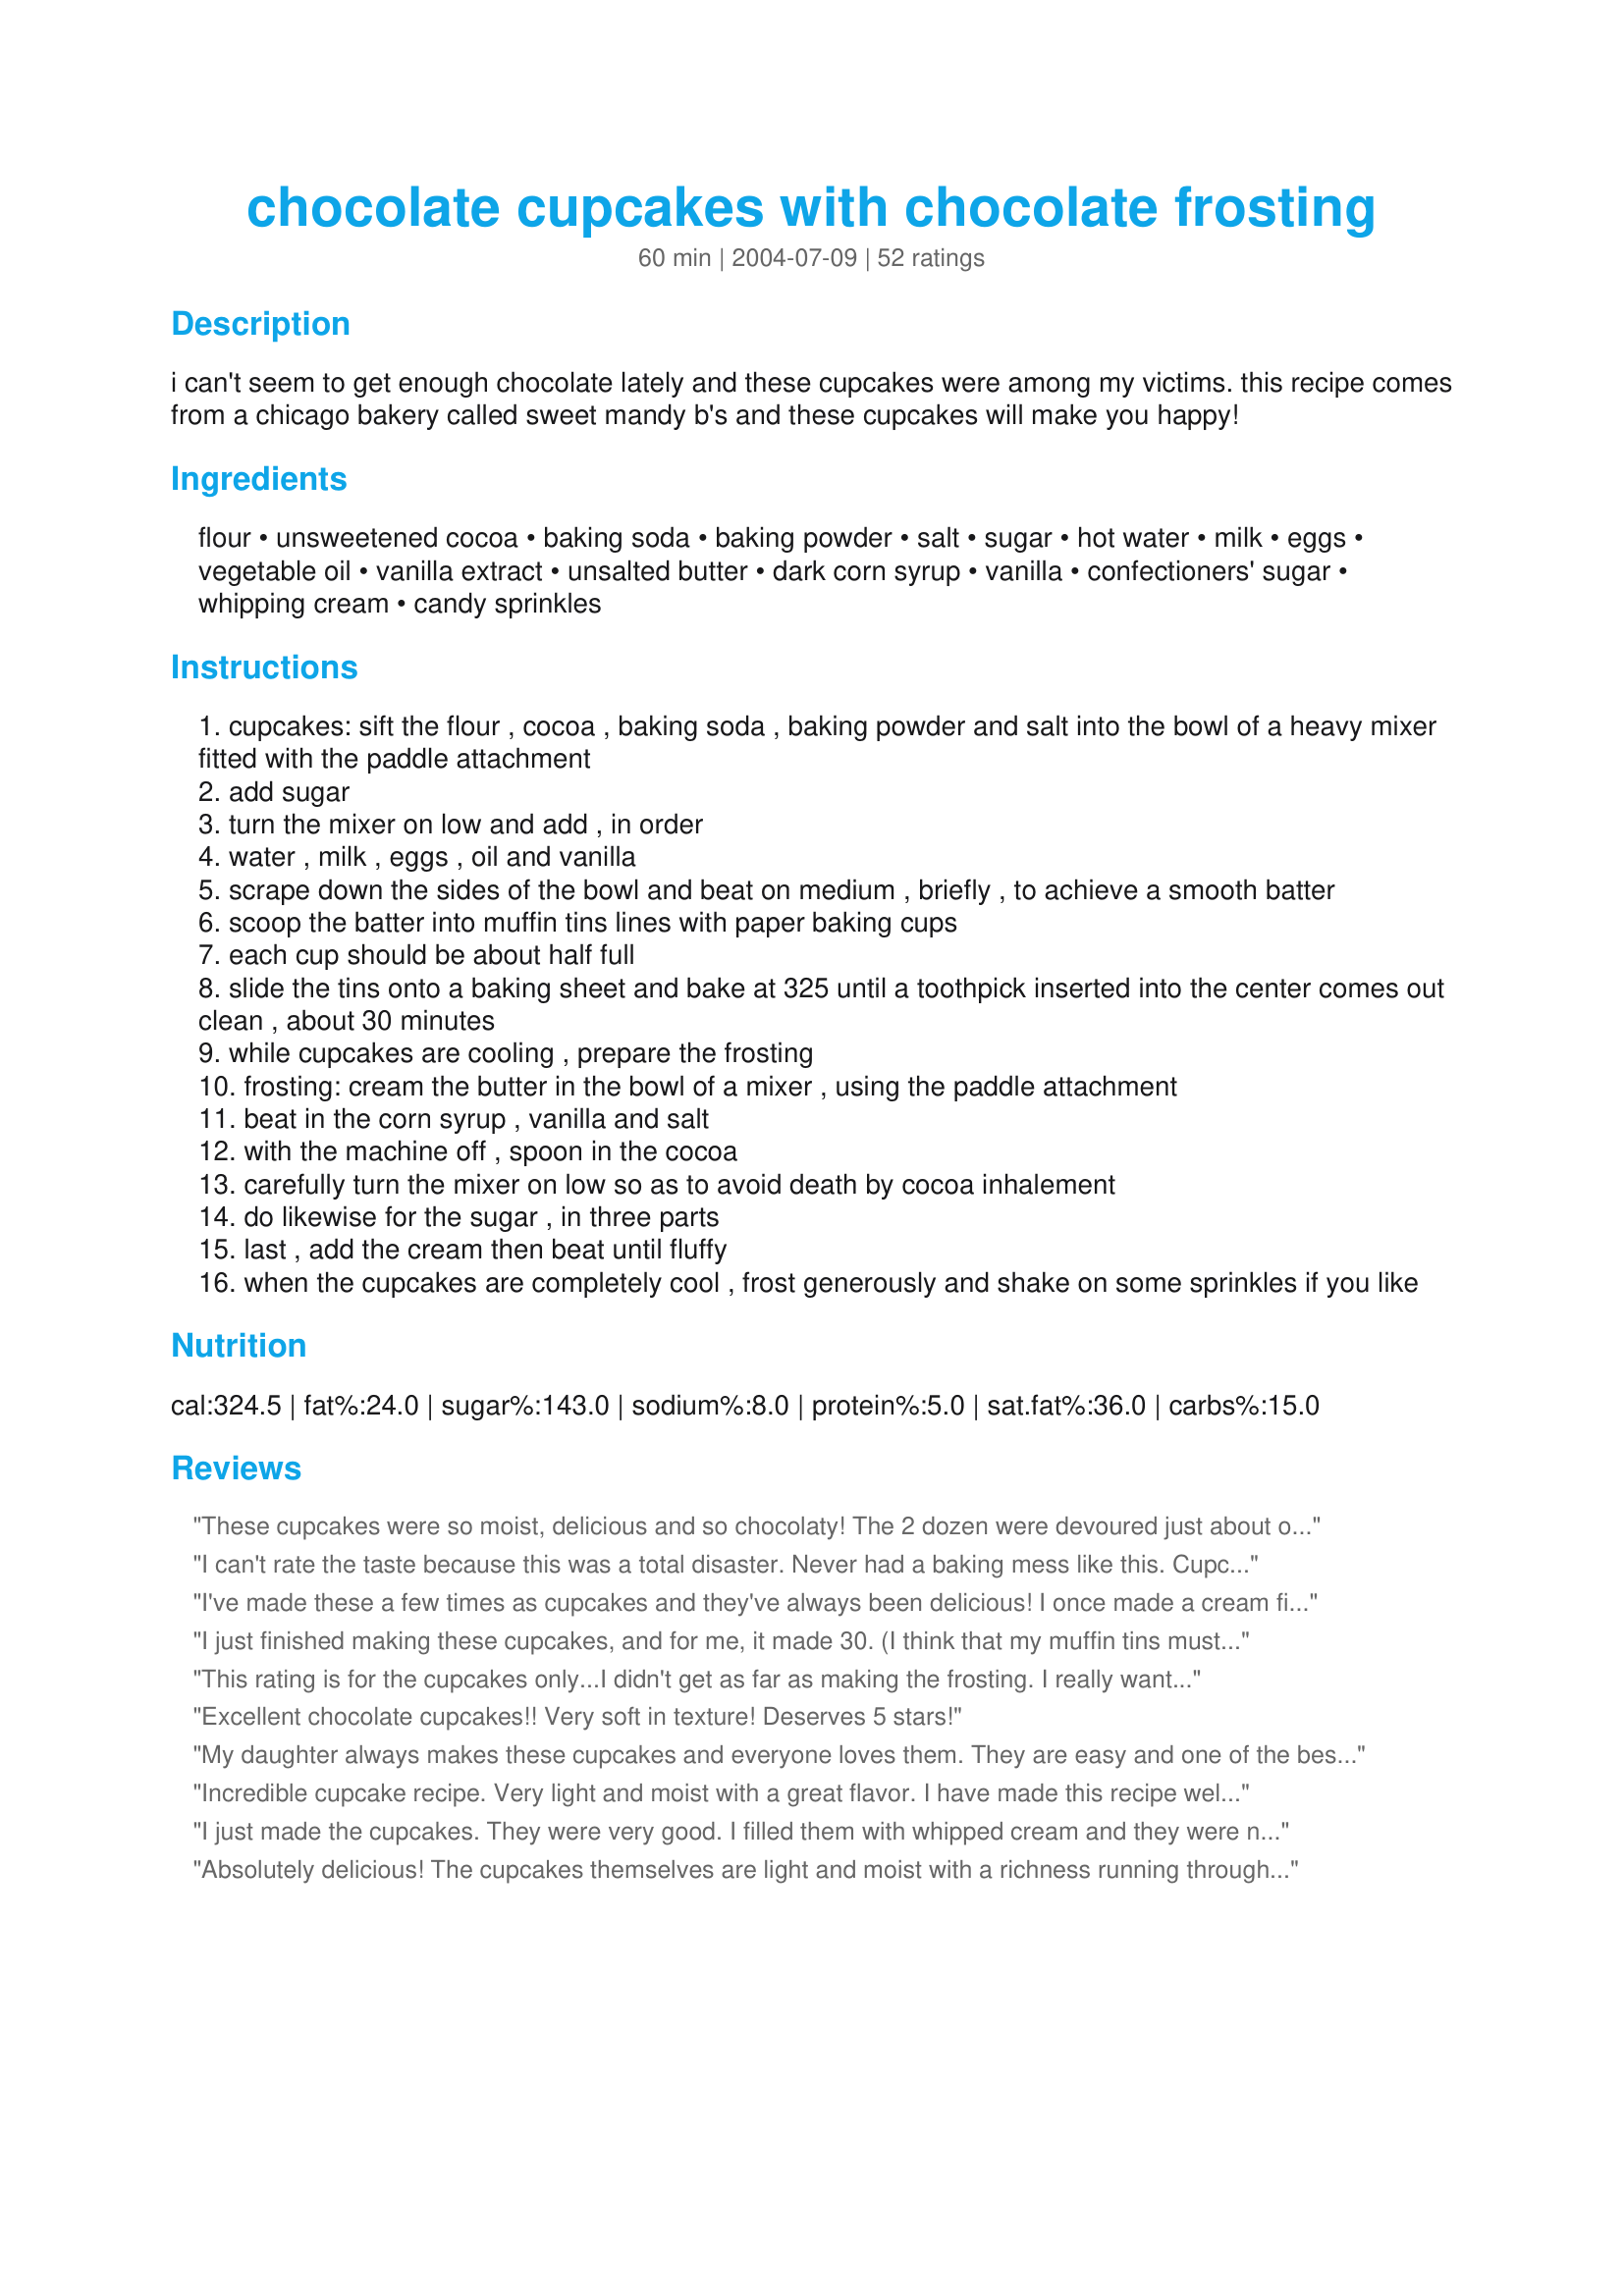
chocolate cupcakes with chocolate frosting
Preparation time: 60 minutes

i can't seem to get enough chocolate lately and these cupcakes were among my victims. this recipe comes from a chicago bakery called sweet mandy b's and these cupcakes will make you happy!

Ingredients:
flour, unsweetened cocoa, baking soda, baking powder, salt, sugar, hot water, milk, eggs, vegetable oil, vanilla extract, unsalted butter, dark corn syrup, vanilla, confectioners' sugar, whipping cream, candy sprinkles

Steps:
cupcakes: sift the flour , cocoa , baking soda , baking powder and salt into the bowl of a heavy mixer fitted with the paddle attachment
add sugar
turn the mixer on low and add , in order
water , milk , eggs , oil and vanilla
scrape down the sides of the bowl and beat on medium , briefly , to achieve a smooth batter
scoop the batter into muffin tins lines with paper baking cups
each cup should be about half full
slide the tins onto a baking sheet and bake at 325 until a toothpick inserted into the center comes out clean , about 30 minutes
while cupcakes are cooling , prepare the frosting
frosting: cream the butter in the bowl of a mixer , using the paddle attachment
beat in the corn syrup , vanilla and salt
with the machine off , spoon in the cocoa
carefully turn the mixer on low so as to avoid death by cocoa inhalement
do likewise for the sugar , in three parts
last , add the cream then beat until fluffy
when the cupcakes are completely cool , frost generously and shake on some sprinkles if you like

Reviews:
These cupcakes were so moist, delicious and so chocolaty! The 2 dozen were devoured just about overnight between my DD's and DH. I will be making them again definite keeper here
I can't rate the taste because this was a total disaster. Never had a baking mess like this. Cupcakes all "caved" in with undone center. Had to toss them all. Followed the recipe, so not sure what happened. Checked dates on leavening, too, and all were good.
I've made these a few times as cupcakes and they've always been delicious! I once made a cream filling for them and everyone said they tasted just like Hostess cupcakes! Haven't tried the frosting yet though.
I've since used this as my go-to cake recipe for a 13x9 but it always sinks in the middle ?? I can't seem to figure out how to fix that. No matter, it is so good I just keep using it anyway!

Also, I have veganized the cupcake recipe the last couple of times and it still comes out great using an egg replacer and soy milk.
I just finished making these cupcakes, and for me, it made 30. (I think that my muffin tins must be a bit smaller.) Anyway, I am a novice baker with a new convection oven and this recipe was just terrific. The cake is moist and light and the frosting is so smooth. I usually find that most "uncooked" frostings have a sort of raw taste. This was not the case at all with this frosting; this was so creamy and light. Beware, this recipe does make LOTS of frosting. I will use the remainder in another baking project this weekend. I am taking the cupcakes to work tomorrow to celebrate a co-worker's birthday. I think she will be delighted. Thanks Hey Jude for a real winner.
This rating is for the cupcakes only...I didn't get as far as making the frosting. I really wanted to love these, and taste-wise, I do. Unfortunately I had some issues after they were baked and I was trying to get them out of the pan. The batter was <b>very</b> runny; I had to use a glass measuring cup to fill the muffin cups. I baked for 33 minutes total. The cupcakes never "puffed up", but instead spread over the pan as they baked (and I did only fill the cups 1/2 full as directed). I took them out of the oven to let them cool on a wire rack a little before taking out of the tins, but when it was time to take them out, the cupcakes were stuck to the muffin pan. I ended up having to go around each muffin using a fork to get them unstuck, which of course made them look not-so-pretty and made a big mess. The tops are really good - remind me of the tops of brownies, and the inside is light and fluffy with a good chocolate taste. I'm not sure if I'll make these again due to the difficulty I had at the end. One change I may try making is filling them even less than 1/2 full to see if that helps avoid the problem I had this time, or maybe I'll try baking it as a cake instead of cupcakes. Thanks for posting!!!
Excellent chocolate cupcakes!! Very soft in texture! Deserves 5 stars!
My daughter always makes these cupcakes and everyone loves them. They are easy and one of the best! On the large cupcakes the middles sink down but are perfect on smaller cupcakes
Incredible cupcake recipe. Very light and moist with a great flavor. I have made this recipe well over 100 times.
I just made the cupcakes. They were very good. I filled them with whipped cream and they were nice and chocolaty.
Absolutely delicious! The cupcakes themselves are light and moist with a richness running through them. Perfect crumb and texture. The frosting is delicious too, just the right consistency and richness. This will now be our go to chocolate cupcake recipe. We made them for Easter and frosted them thick around the edges with a depression in the middle. We sprinkled grated chocolate around the outer ring, like a nest, and put Cadbury's mini-eggs in the depression. Will upload picture shortly. Beautiful recipe, thanks so much!
These cupcakes taste good but did not work out. After reading reviews I was careful to not overfill and they still overflowed. They stuck to the top of the pan and the tops of the cupcakes pulled off when I tried to carefully release them. They also stuck to the wrappers and crumbled. I really wish these would have worked out.
These tasted good, and were very most, just a bit disappointed they fell apart! Made quite the mess!! Would probably make again, perhaps i might add a bit more flour and less cocoa! thanks for posting!
This review is only for the cupcakes. I did not use the frosting. The cupcakes are extremely good. Just enough sweetness and very tender. I think just a bit too tender though. For some reason, my cupcakes sunk in the middle and I followed the recipe exactly. I don't like this look for cupcakes. I think that this recipe might be better for a 9X13 pan. Did anyone else's cupcakes sink? But in terms of the taste, very very good!
I give this recipe 5 stars, I have just made them for a wedding decorated with chocolate hearts. I also decorated them with a white chocolate buttercream recipe 130623. When I first made them I ate one within 10 mins of coming out of the oven and was a little dissapointed with the crumbly texture, but the next day they were so moist and soft not at all crumbly they improved greatly. You can certainly make these in advance. I would certainly recommend them. Carol
5 all the way for my new favoroute choc cke recipe ***** This was so chocolaty, the cakes turned out just how I like trhem, crunchy on top and moist and fluffy on the inside, I started eating them without the frosting, had to stop myself because I wanted to make the frosting.<br/><br/>I am updating my review., I have just made this using gluten free flour, and you wouldn't even notice any difference!
I've been trying a bunch of different recipes for a very special upcoming occasion, my sister's wedding picnic, and these cupcakes are so perfect. And, although the picture doesn't actually show it, the frosting is the bomb!!! Wow. I didn't know I could make such a professional cupcake! i made some minis and some regular sized cupcakes and therefore, reduced the cook time by about 5min. thanks!!
Wow! I tried making these with 1 cup freshly ground soft white wheat flour and 1/2 cup AP flour, with great results! Next time I will try 100% soft white wheat flour.
My sister used to live in Chicago, and went to Sweet Mandy B's all of the time. (We had to try this recipe!) These are really good!! Next time we're going to increase the cocoa pwdr for a more chocolatety frosting. We also took the advice of Syltel and used hot coffee in lieu of hot water, and on a whim of our own, used French Vanilla coffee creamer in lieu of milk. Thanks for posting!
The cupcakes leaked everywhere and concaved. Way too low of a cooking temperature, not pleased.
This review is for the cake part of the cupcakes. They were dark and had good chocolate taste. They were also nice and moist. I'll make them again.
I love this recipe, I've made it several times now - full size cupcakes and mini - and they always turn out beautifully risen and chocolatey with a lovely texture.

The batter is runny, so I tend to make a bit of mess filling my cases, but the cakes turn out just fine once they've been baked.

I haven't made the frosting yet, I just use chocolate buttercream.
These were great! The cake is nice and fluffy and the frosting is to die for. They only took about 20 minutes to bake for me.
Don't know how this recipe got such high rating. It didn't work for me. After the first butch I tried to up the temreture to 180 C but it still didn't come out right. Looks like the mixture is too wet and would sugest to add some flour or corn starch.
I've made this recipe about 10 times, and it always makes a very moist, very chocolatey cupcake. It also worked as a round layer cake, but as a long sheet cake, it collapsed in the middle quite a bit (tasted good but had to be carved to look decent). I agree with the other reviewers that the frosting recipe can be halved.
I halved this frosting recipe and iced a 9x13 version of cake recipe 26370, and it was excellent. I had to use light corn syrup instead of dark, and it was still delicious. I also used my standard cream substitution (evaporated milk)without even thinking that the cream was probably partially for thickness and texture! It was still incredibly creamy, it melts in your mouth, and it still whipped up quite well thanks to the powdered sugar. Next time I'll make a full batch so I don't have to keep slapping my hubby with the spatula to keep him from stealing it! Thanks Jude!
These cupcakes were the hit of my son's birthday party!! Both the cupcakes and the frosting were to die for! I will use this frosting recipe in the future when I bake my chocolate cakes as well (Actually, have you ever made a cake with this cupcake recipe, and if so what size pan and what cooking time??). Thank you for an excellent recipe. It's exactly what I was looking for and is a keeper in my file!
These cupcakes were moist, delicious, and just plain awesome. I substituted 1 cup of brown sugar, if anything it made them a bit richer.
I didn't frost the cupcakes either, just a light dusting of icing sugar. Thanks for the recipe!!
these cupcakes never last long whenever I bake them; fantastic recipe!

FYI: I substituted vegetable oil with extra virgin olive oil and it actually made the cupcake feel 'lighter', retained all the flavour and moisture.
I'm not sure what went wrong, but I was very disappointed with the results I got with this recipe. Like a few other reviewers, my cupcakes overflowed over the edges of the cupcake tin and sunk in the middle. It seems that filling the tins half way full was too much. I had to scrape off the cooked batter that overflowed on the tins (which was actually pretty tasty) in order to get the cupcakes out. The sunken cupcakes tasted okay, more fudgy than cakey. I didn't bother to make any frosting.
these cupcakes were delicious. moist and chocolatey with a wonderful crumb texture, i used kittencal's chocolate buttercream frosting with these and it was the perfect match, will definitey keep as my go to chocolate cupcake recipe..
These cupcakes turned out amazingly moist and had a wonderful chocolate fudge flavor. I bake a lot and this is the best chocolate cupcake recipe I have ever made. The kids even liked them without icing. Could easily just dust them with powder sugar instead of ice them. I am going to top them with a peppermint buttercream icing. Easy to make and amazing taste makes this recipe a keeper!
I've always depended on the cake mix from Betty Crockers before but with this recipe, I won't need to run to the store any longer to stock up on Betty Crockers!! They are the best cakes I ever tasted and made!!
Awesome cupcakes! I was concerned about the thin batter, but the cupcakes turned out so light and fluffy - just like a cake mix! They had just the right amount of chocolate in them. I will be making these again and again!
Haven't done it yet, but it def impressed me even only by words!!!!
Just found my task for the weekends =)
I give these way more than 5 stars! I have been searching high and low for years to find the perfect moist, chocolatey chocolate cake...and here it is! I made mini muffins which baked for 12min. the batch made 72 mini muffins. I had only one baking pan, but every batch from the first to the third tasted great. My son wants me to make his birthday cake with this reciipe, which I think will be great. My DH couldn't believe it wasn't from a box..that's a good thing! Thank you for sharing this wonderful cake.
I made these just yesterday! absolutely delicious....so chocolaty and soft!! made them without frosting...but topped some with cadbury chocolate sauce...tastes yum... Wasn't sure so had made just half the amount of the recipe..completely regret that now....Will definately be making these again! Thanks hey jude
After many failed attempts at making "from scratch" cakes or cupcakes (rising too fast and falling flat, sticking to the pan, dry, etc) I finally figured out my problem! I live at an elevation of around 3000 feet. I made these cupcakes using tips from the following website and they came out perfectly. So chocolaty, moist, and delicious...yum! I've been eating them without frosting, but I will also try this frosting recipe soon.<br/>http://allrecipes.com//HowTo/high-altitude-cake-baking/Detail.aspx
Yumm!! I had only about 3/4 cup of cocoa left but proceeded with the recipe anyway. It still turned out great! Instead of hot water, I used hot coffee instead and brown sugar which I cut down to 1 1/2 cup. Since no more cocoa, for the frosting I used melted dark chocolate instead, cutting down the butter to just 1/2 cup, omitted the sugar and corn syrup and just added the whip cream.Oooooh, it was just yummy!!
A very good cupcake! They turned out perfectly moist and not crumbly at all. Wonderful chocolaty flavour. I didn't make the frosting that is called for. Instead I frosted them with Pudding Frosting Recipe #292078 which was just perfect! I'll definetely make these again.
These were sssooooo good and I am not a cake fan. The batter was thin so I had made a huge mess as i was pouring the batter into the cupcakes. For the second batch I poured the batter into a large cup then poured it into the tins from there. They did flow all over place so but I liked the flavor so much that I made them again and filled the tins less than half full. So the first batch was a mess, the second batch was great.
Very good. Moist, chocolately and delish! Used left over buttercream frosting i had made. Thanks.
Thanks for the recipe, my family and neices loved these even without the frosting. Made them exacting as directed was a little worried when batter turned out a little runnier than I'm used to, but they baked up perfectly. I did not have the whipping cream for the frosting so I used recipe #57723 for the frosting on what was left after my family attached them when I took them out of the over. Thanks again.
These were actually too chocolaty for my husband ;), but were otherwise a hit. I made the frosting too and while it is good frosting, next time I make these I will use a vanilla frosting to offset the chocolate cupcakes. I really like how fluffy the frosting is and I am going to use the frosting recipe for cakes.
This is THE BEST chocolate cupcake recipe. I use it every time I make chocolate cupcakes. These cupcakes have the light texture of store-bought cake mix, but a wonderful rich chocolate flavor! I make these cupcakes and fill them with cream filling and top them with chocolate ganache for a mock Hostess-cupcake that my boyfriend's father cannot get enough of! I would give these cupcakes 10 stars if I could!
Was so good!!!
thanks- delicious and dark-I use them for kids lunch boxes without the frosting
Just as the others said, cupcakes fell. They have good flavor and the frosting is delicious but I will not make this recipe again. There is no need to make a cupcake that so many reviewers have had a bad experience with.
I have made these several times.The frosting is great. For the reviewers who were having a problem with the cake,just use pillsbury moist supreme devils food cake mix,works like a charm.
I'm giving this 5 stars for a wonderful taste. BUT it is a cupcake recipe, not a cake recipe. My cake totally fell apart,,, it still tasted delicious. Next time I'll stick to the cupcakes.
Came out great
I made the cupcakes for a halloween party we are going to and they are awesome. Moist, chocolately, but not heavy. They are exactly what I was looking for. I wish i found this website 12 hours ago when I started looking. Instead of frosting we used chocolate twizzlers and made spiders. They not only look great, but taste great.
These are my go-to chocolate cupcakes. They&#039;re so moist and light and chocolatey! The batter is thin, so now I always put it in a pancake batter dispenser/squeeze bottle to pour it in the cupcake tins. Sooo much less messy. I&#039;ve never made the icing, so I can&#039;t rate it.
